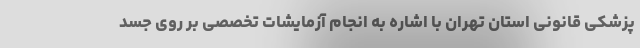
پزشکی قانونی استان تهران با اشاره به انجام آزمایشات تخصصی بر روی جسد